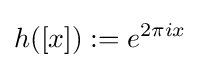
h([x]):=e^{2\pi ix}